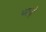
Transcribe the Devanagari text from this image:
परच्हैं